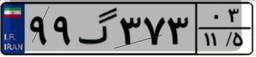
۲۳گ۱۲۴۹۴